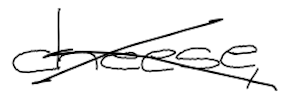
Text: cheese,
Cross-out: cross
Writing tool: digital_black